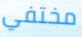
مختفي